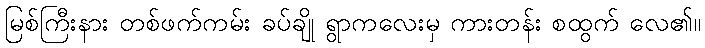
မြစ်ကြီးနား တစ်ဖက်ကမ်း ခပ်ချို ရွာကလေးမှ ကားတန်း စထွက် လေ၏။